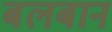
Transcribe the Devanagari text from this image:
बलबान